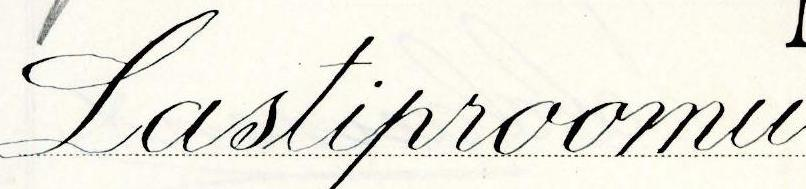
Lastiproomu